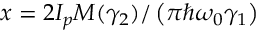
x = 2 { I _ { p } } M ( \gamma _ { 2 } ) / \left( \pi \hbar \omega _ { 0 } \gamma _ { 1 } \right)